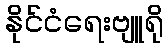
နိုင်ငံရေးဗျူရို